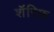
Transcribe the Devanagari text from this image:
शॅरिफ़